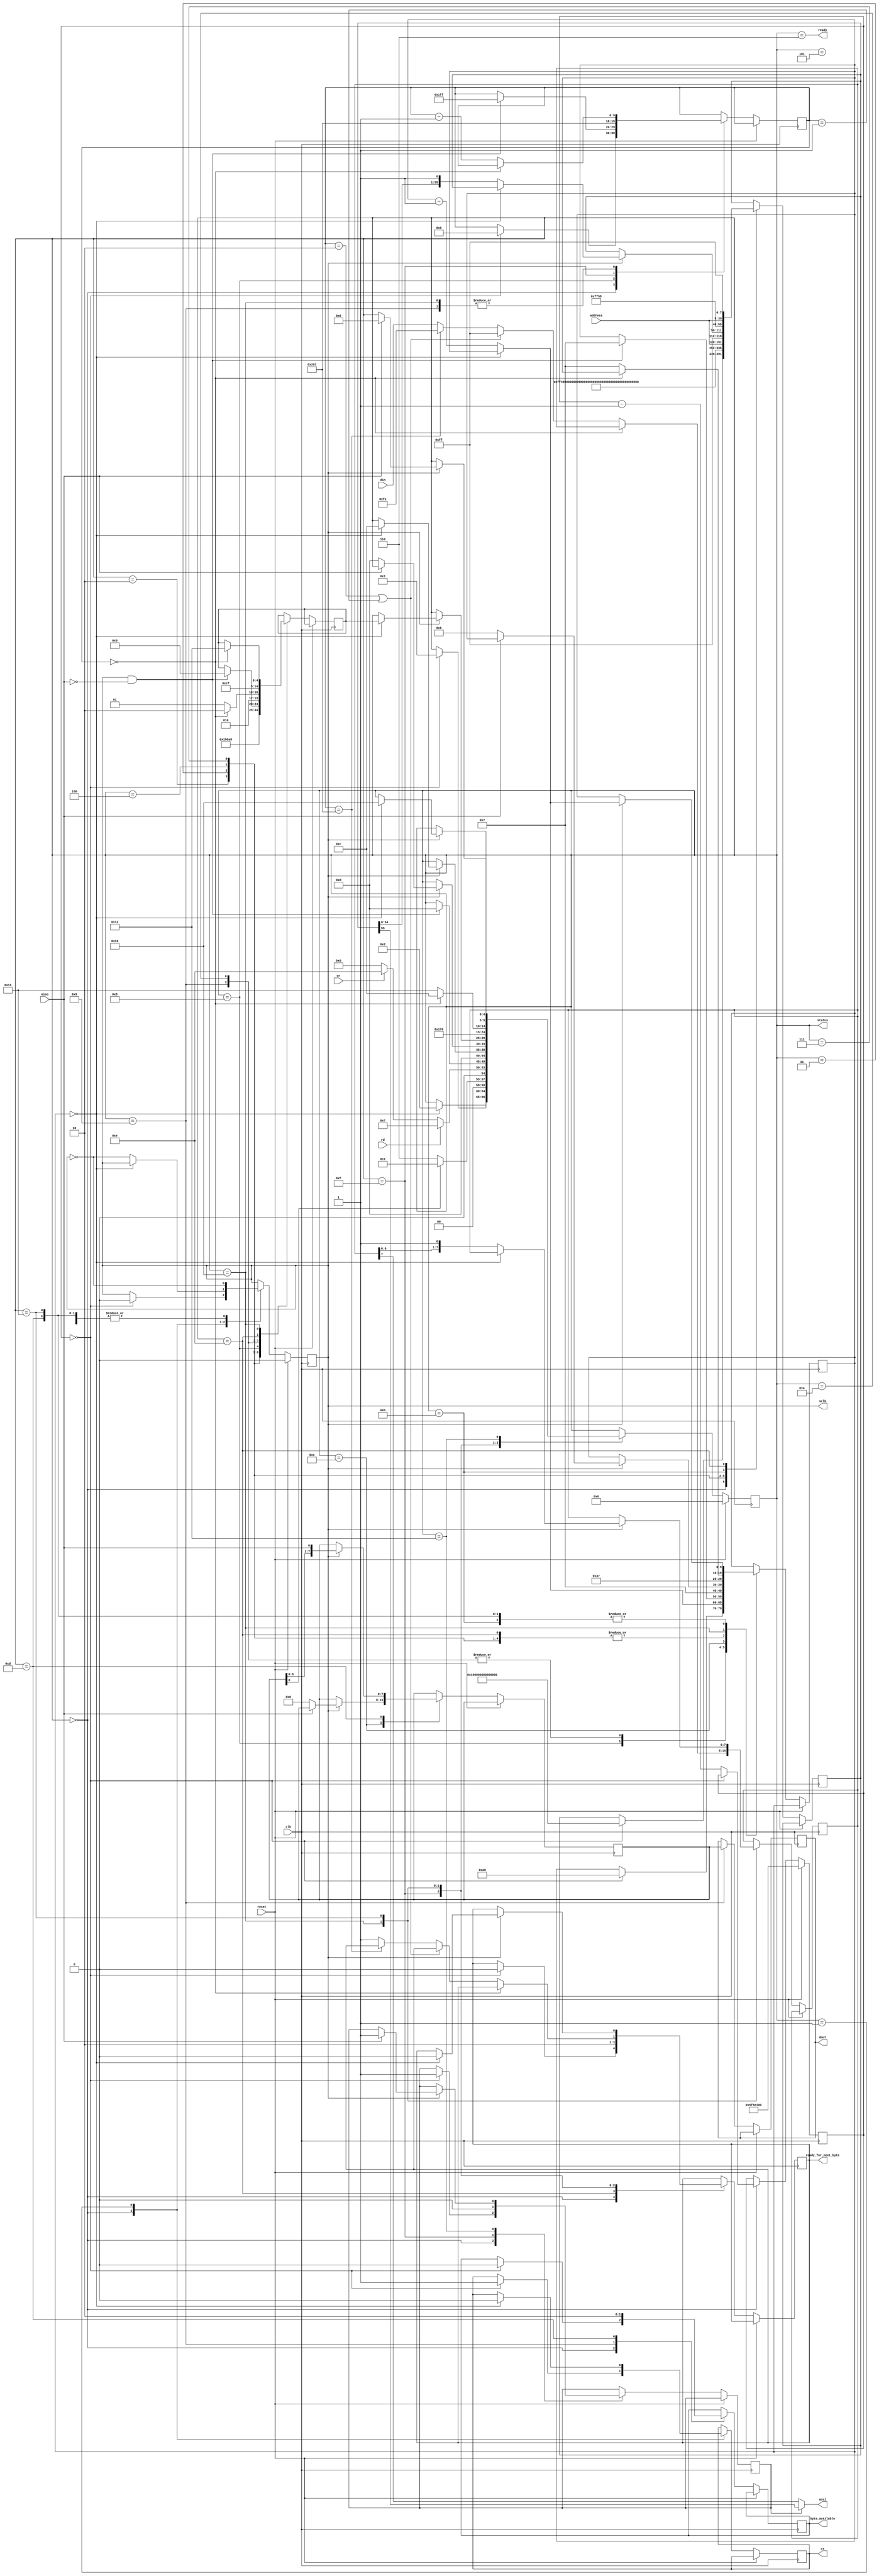
/* SD Card controller module. Allows reading from and writing to a microSD card
through SPI mode.
taken from: https://web.mit.edu/6.111/volume2/www/f2019/tools/sd_controller.v
 */


`timescale 1ns / 1ps

module sd_controller(
    output reg cs, // Connect to SD_DAT[3].
    output mosi, // Connect to SD_CMD.
    input miso, // Connect to SD_DAT[0].
    output sclk, // Connect to SD_SCK.
                // For SPI mode, SD_DAT[2] and SD_DAT[1] should be held HIGH. 
                // SD_RESET should be held LOW.

    input rd,   // Read-enable. When [ready] is HIGH, asseting [rd] will 
                // begin a 512-byte READ operation at [address]. 
                // [byte_available] will transition HIGH as a new byte has been
                // read from the SD card. The byte is presented on [dout].
    output reg [7:0] dout, // Data output for READ operation. [0-7]
    output reg byte_available, // A new byte has been presented on [dout].

    input wr,   // Write-enable. When [ready] is HIGH, asserting [wr] will
                // begin a 512-byte WRITE operation at [address].
                // [ready_for_next_byte] will transition HIGH to request that
                // the next byte to be written should be presentaed on [din].
    input [7:0] din, // Data input for WRITE operation.
    output reg ready_for_next_byte, // A new byte should be presented on [din].

    input reset, // Resets controller on assertion.
    output ready, // HIGH if the SD card is ready for a read or write operation.
    input [31:0] address,   // Memory address for read/write operation. This MUST 
                            // be a multiple of 512 bytes, due to SD sectoring.
    input clk,  // 25 MHz clock.
    output [4:0] status // For debug purposes: Current state of controller.
);

    parameter RST = 0;
    parameter INIT = 1;
    parameter CMD0 = 2;
    parameter CMD55 = 3;
    parameter CMD41 = 4;
    parameter POLL_CMD = 5;
    
    parameter IDLE = 6;
    parameter READ_BLOCK = 7;
    parameter READ_BLOCK_WAIT = 8;
    parameter READ_BLOCK_DATA = 9;
    parameter READ_BLOCK_CRC = 10;
    parameter SEND_CMD = 11;
    parameter RECEIVE_BYTE_WAIT = 12;
    parameter RECEIVE_BYTE = 13;
    parameter WRITE_BLOCK_CMD = 14;
    parameter WRITE_BLOCK_INIT = 15;
    parameter WRITE_BLOCK_DATA = 16;
    parameter WRITE_BLOCK_BYTE = 17;
    parameter WRITE_BLOCK_WAIT = 18;
    
    parameter WRITE_DATA_SIZE = 515;
    
    reg [4:0] state = RST;
    assign status = state;
    reg [4:0] return_state;
    reg sclk_sig = 0;
    reg [55:0] cmd_out;
    reg [7:0] recv_data;
    reg cmd_mode = 1;
    reg [7:0] data_sig = 8'hFF;
    
    reg [9:0] byte_counter;
    reg [9:0] bit_counter;
    
    reg [26:0] boot_counter = 27'd100_000_000;
    always @(posedge clk) begin
        if(reset == 1) begin
            state <= RST;
            sclk_sig <= 0;
            boot_counter <= 27'd100_000_000;
        end
        else begin
            case(state)
                RST: begin
                    if(boot_counter == 0) begin
                        sclk_sig <= 0;
                        cmd_out <= {56{1'b1}};
                        byte_counter <= 0;
                        byte_available <= 0;
                        ready_for_next_byte <= 0;
                        cmd_mode <= 1;
                        bit_counter <= 160;
                        cs <= 1;
                        state <= INIT;
                    end
                    else begin
                        boot_counter <= boot_counter - 1;
                    end
                end
                INIT: begin
                    if(bit_counter == 0) begin
                        cs <= 0;
                        state <= CMD0;
                    end
                    else begin
                        bit_counter <= bit_counter - 1;
                        sclk_sig <= ~sclk_sig;
                    end
                end
                CMD0: begin
                    cmd_out <= 56'hFF_40_00_00_00_00_95;
                    bit_counter <= 55;
                    return_state <= CMD55;
                    state <= SEND_CMD;
                end
                CMD55: begin
                    cmd_out <= 56'hFF_77_00_00_00_00_01;
                    bit_counter <= 55;
                    return_state <= CMD41;
                    state <= SEND_CMD;
                end
                CMD41: begin
                    cmd_out <= 56'hFF_69_00_00_00_00_01;
                    bit_counter <= 55;
                    return_state <= POLL_CMD;
                    state <= SEND_CMD;
                end
                POLL_CMD: begin
                    if(recv_data[0] == 0) begin
                        state <= IDLE;
                    end
                    else begin
                        state <= CMD55;
                    end
                end
                IDLE: begin
                    if(rd == 1) begin
                        state <= READ_BLOCK;
                    end
                    else if(wr == 1) begin
                        state <= WRITE_BLOCK_CMD;
                    end
                    else begin
                        state <= IDLE;
                    end
                end
                READ_BLOCK: begin
                    cmd_out <= {16'hFF_51, address, 8'hFF};
                    bit_counter <= 55;
                    return_state <= READ_BLOCK_WAIT;
                    state <= SEND_CMD;
                end
                READ_BLOCK_WAIT: begin
                    if(sclk_sig == 1 && miso == 0) begin
                        byte_counter <= 511;
                        bit_counter <= 7;
                        return_state <= READ_BLOCK_DATA;
                        state <= RECEIVE_BYTE;
                    end
                    sclk_sig <= ~sclk_sig;
                end
                READ_BLOCK_DATA: begin
                    dout <= recv_data;
                    byte_available <= 1;
                    if (byte_counter == 0) begin
                        bit_counter <= 7;
                        return_state <= READ_BLOCK_CRC;
                        state <= RECEIVE_BYTE;
                    end
                    else begin
                        byte_counter <= byte_counter - 1;
                        return_state <= READ_BLOCK_DATA;
                        bit_counter <= 7;
                        state <= RECEIVE_BYTE;
                    end
                end
                READ_BLOCK_CRC: begin
                    bit_counter <= 7;
                    return_state <= IDLE;
                    state <= RECEIVE_BYTE;
                end
                SEND_CMD: begin
                    if (sclk_sig == 1) begin
                        if (bit_counter == 0) begin
                            state <= RECEIVE_BYTE_WAIT;
                        end
                        else begin
                            bit_counter <= bit_counter - 1;
                            cmd_out <= {cmd_out[54:0], 1'b1};
                        end
                    end
                    sclk_sig <= ~sclk_sig;
                end
                RECEIVE_BYTE_WAIT: begin
                    if (sclk_sig == 1) begin
                        if (miso == 0) begin
                            recv_data <= 0;
                            bit_counter <= 6;
                            state <= RECEIVE_BYTE;
                        end
                    end
                    sclk_sig <= ~sclk_sig;
                end
                RECEIVE_BYTE: begin
                    byte_available <= 0;
                    if (sclk_sig == 1) begin
                        recv_data <= {recv_data[6:0], miso};
                        if (bit_counter == 0) begin
                            state <= return_state;
                        end
                        else begin
                            bit_counter <= bit_counter - 1;
                        end
                    end
                    sclk_sig <= ~sclk_sig;
                end
                WRITE_BLOCK_CMD: begin
                    cmd_out <= {16'hFF_58, address, 8'hFF};
                    bit_counter <= 55;
                    return_state <= WRITE_BLOCK_INIT;
                    state <= SEND_CMD;
		    ready_for_next_byte <= 1;
                end
                WRITE_BLOCK_INIT: begin
                    cmd_mode <= 0;
                    byte_counter <= WRITE_DATA_SIZE; 
                    state <= WRITE_BLOCK_DATA;
                    ready_for_next_byte <= 0;
                end
                WRITE_BLOCK_DATA: begin
                    if (byte_counter == 0) begin
                        state <= RECEIVE_BYTE_WAIT;
                        return_state <= WRITE_BLOCK_WAIT;
                    end
                    else begin
                        if ((byte_counter == 2) || (byte_counter == 1)) begin
                            data_sig <= 8'hFF;
                        end
                        else if (byte_counter == WRITE_DATA_SIZE) begin
                            data_sig <= 8'hFE;
                        end
                        else begin
                            data_sig <= din;
                            ready_for_next_byte <= 1;
                        end
                        bit_counter <= 7;
                        state <= WRITE_BLOCK_BYTE;
                        byte_counter <= byte_counter - 1;
                    end
                end
                WRITE_BLOCK_BYTE: begin
                    if (sclk_sig == 1) begin
                        if (bit_counter == 0) begin
                            state <= WRITE_BLOCK_DATA;
                            ready_for_next_byte <= 0;
                        end
                        else begin
                            data_sig <= {data_sig[6:0], 1'b1};
                            bit_counter <= bit_counter - 1;
                        end;
                    end;
                    sclk_sig <= ~sclk_sig;
                end
                WRITE_BLOCK_WAIT: begin
                    if (sclk_sig == 1) begin
                        if (miso == 1) begin
                            state <= IDLE;
                            cmd_mode <= 1;
                        end
                    end
                    sclk_sig = ~sclk_sig;
                end
            endcase
        end
    end

    assign sclk = sclk_sig;
    assign mosi = cmd_mode ? cmd_out[55] : data_sig[7];
    assign ready = (state == IDLE);
endmodule